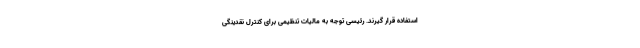
استفاده قرار گیرند. رئیسی توجه به مالیات تنظیمی برای کنترل نقدینگی